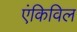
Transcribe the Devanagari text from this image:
एंकिविल